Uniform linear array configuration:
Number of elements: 8
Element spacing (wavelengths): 0.25
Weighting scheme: hann
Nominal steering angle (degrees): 0
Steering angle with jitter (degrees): -1.559
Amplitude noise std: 0.05
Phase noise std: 0.05

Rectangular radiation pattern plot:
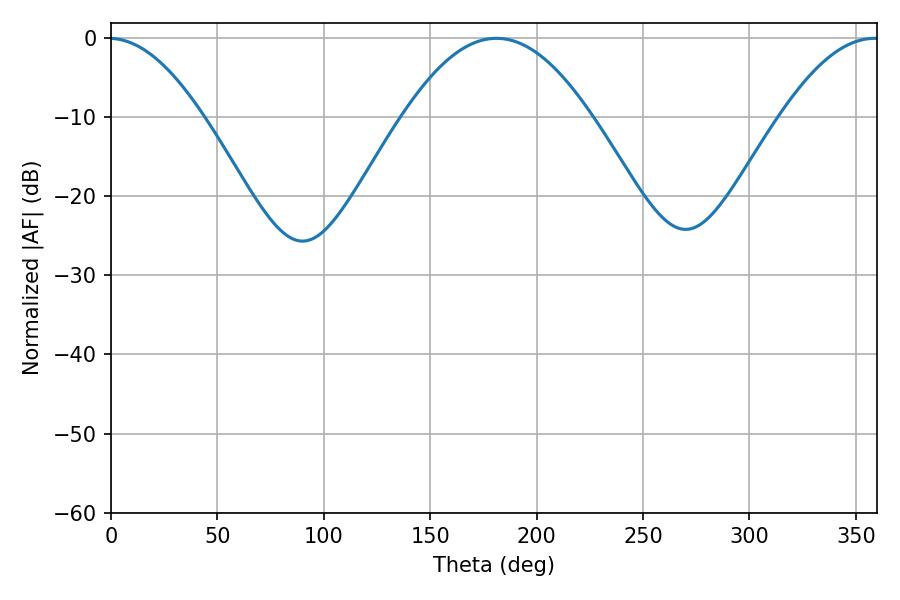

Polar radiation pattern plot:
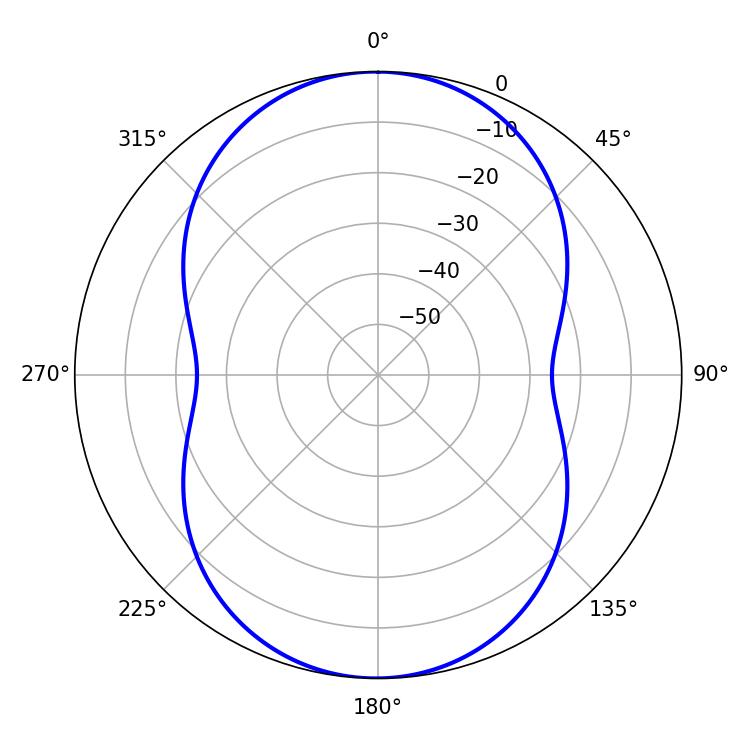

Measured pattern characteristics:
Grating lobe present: FALSE
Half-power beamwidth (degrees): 48.42
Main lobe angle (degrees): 181.08